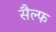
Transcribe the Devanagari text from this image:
सैल्फ